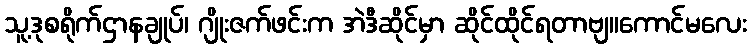
သူ့ဒုစရိုက်ဌာနချုပ်၊ ဂျိုးဇက်ဖင်းက အဲဒီဆိုင်မှာ ဆိုင်ထိုင်ရတာဗျ။ကောင်မလေး